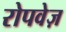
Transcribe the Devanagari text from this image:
रोपवेज़